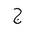
Letter: _gim